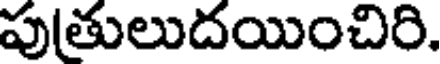
పుతులుదయించిరి.